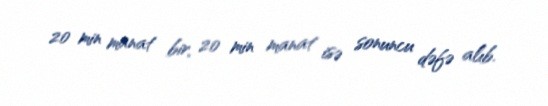
20 min manat bir, 20 min manat isə sonuncu dəfə alıb.